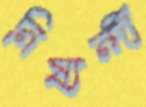
নিষ্যন্দী